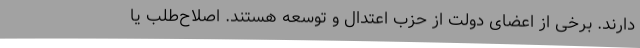
دارند. برخی از اعضای دولت از حزب اعتدال و توسعه هستند. اصلاح‌طلب یا